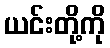
ယင်းတို့ကို